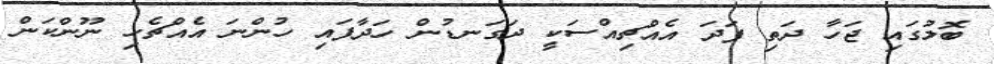
ބޮލުގައި ޖަހާ ދަތި ފަދަ އެއްޗިއްސަކީ ދަގަނޑުން ހަދާފައި ހުންނަ އެއްްޗެހި ނޫންކަން